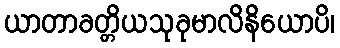
ယာတာခတ္တိယသုခုမာလိနိယောပိ၊